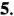
5.